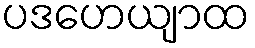
ပဒဟေယျာထ